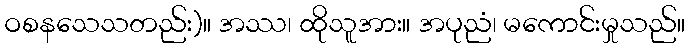
ဝစနသေသတည်း)။ အဿ၊ ထိုသူအား။ အပုညံ၊ မကောင်းမှုသည်။